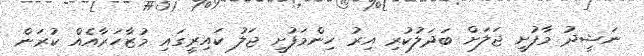
ނަޝީދު މާފުށީ ޖަލަށް ބަދަލުކުރި އިރު ހިންމަފުށީ ޖަލު ކައިރީގައި މުޒާހަރާއެއް ކުރަން